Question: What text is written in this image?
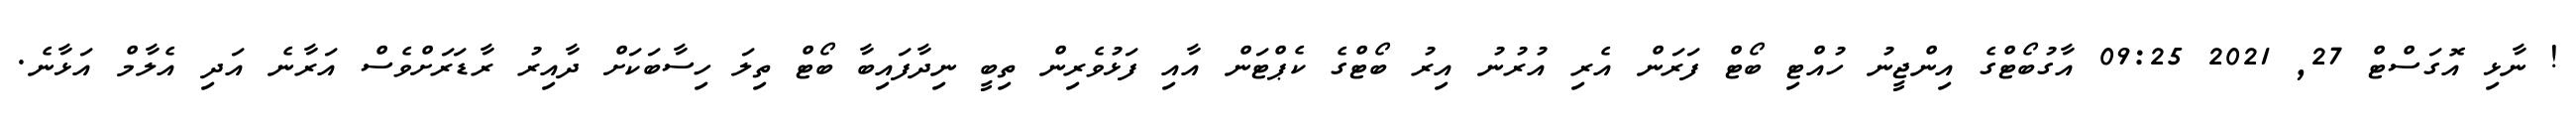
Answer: ! ނާޅި އޮގަސްޓް 27, 2021 09:25 އާގުބޯޓްގެ އިންޖީނު ހުއްޓި ބޯޓް ފަރަން އެރި އުރުނު އިރު ބޯޓްގެ ކެޕްޓަން އާއި ފަޅުވެރިން ތިބީ ނިދާފައިބާ ބޯޓް ތިލަ ހިސާބަކަށް ދާއިރު ރާޑަރަށްވެސް އަރާނެ އަދި އެލާމް އަޅާނެ.